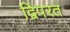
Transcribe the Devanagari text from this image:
द्विपरत